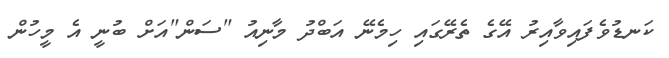
ކަނޑުވެފައިވާއިރު އޭގެ ތެރޭގައި ހިމެނޭ އަބްދު މާނިއު "ސަން"އަށް ބުނީ އެ މީހުން